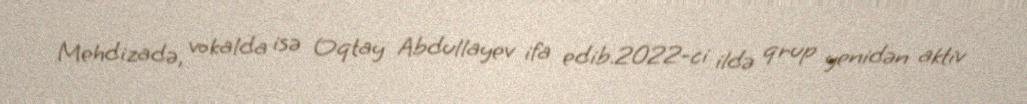
Mehdizadə, vokalda isə Oqtay Abdullayev ifa edib.2022-ci ildə qrup yenidən aktiv